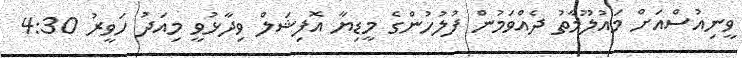
ވީނިއުސްއަށް މައުލޫމާތު ދެއްވަމުން ފުލުހުންގެ މީޑިޔާ އޮފިޝަލް ވިދާޅުވީ މިއަދު ހަވީރު 4:30